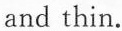
and thin.